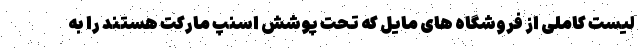
لیست کاملی از فروشگاه های مایل که تحت پوشش اسنپ مارکت هستند را به